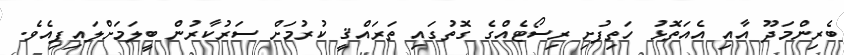
ބެރިންމަދޫ އާއި އެއަތޮޅު ހަތިފުށި ރިސޯޓެއްގެ ގޮތުގައި ތަރައްޤީ ކުރުމަށް ސަރުކާރުން ބީލަމަށްލައިފިއެވެ.